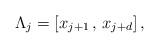
LaTeX: \begin{align*} \Lambda_j = [x_{j+1}\,,\,x_{j+d}]\,,\end{align*}